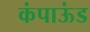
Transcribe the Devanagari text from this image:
कंपाऊंड